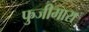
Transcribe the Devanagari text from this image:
फुजीमारा